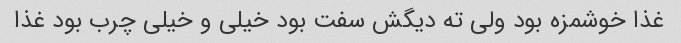
غذا خوشمزه بود ولی ته دیگش سفت بود خیلی و خیلی چرب بود غذا